Code of medical and sanitary regulations for the guidance of medical officers serving in the Madras Presidency - Volume I
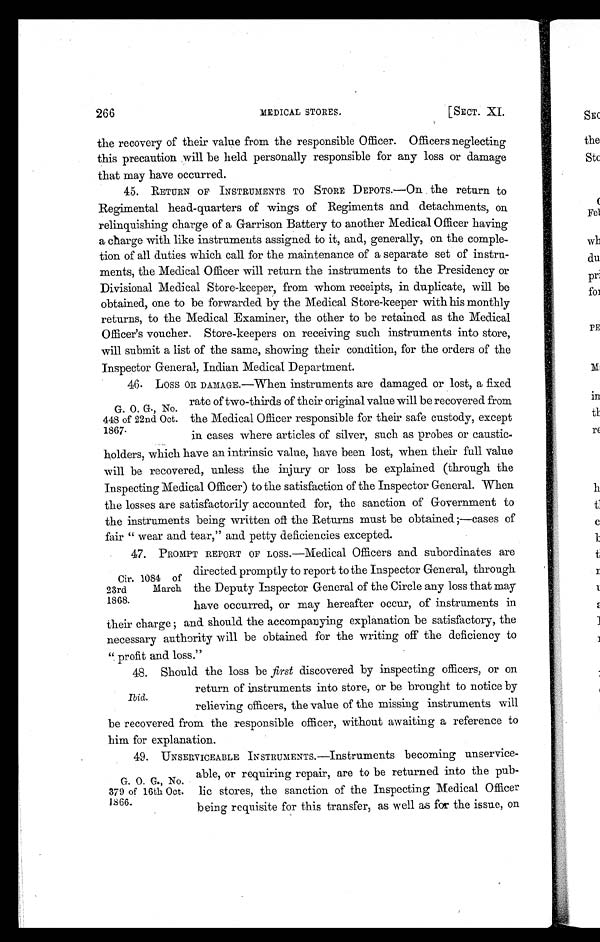
266 MEDICAL STORES. [SECT. XI.
the recovery of their value from the responsible Officer. Officers neglecting
this precaution will be held personally responsible for any loss or damage
that may have occurred.
45. RETURN OF INSTRUMENTS TO STORE DEPOTS.—On the return to
Regimental head-quarters of wings of Regiments and detachments, on
relinquishing charge of a Garrison Battery to another Medical Officer having
a charge with like instruments assigned to it, and, generally, on the comple-
tion of all duties which call for the maintenance of a separate set of instru-
ments, the Medical Officer will return the instruments to the Presidency or
Divisional Medical Store-keeper, from whom receipts, in duplicate, will be
obtained, one to be forwarded by the Medical Store-keeper with his monthly
returns, to the Medical Examiner, the other to be retained as the Medical
Officer's voucher. Store-keepers on receiving such instruments into store,
will submit a list of the same, showing their condition, for the orders of the
Inspector General, Indian Medical Department.
46. L O S S O R D A M A G E . — W h e n i n s t r u m e n t s a r e d a m a g e d o r l o s t , a f i x e d
rate of two-thirds of their original value will be recovered from
the Medical Officer responsible for their safe custody, except
in cases where articles of silver, such as probes or caustic-
holders, which have an intrinsic value, have been lost, when their full value
will be recovered, unless the injury or loss be explained (through the
Inspecting Medical Officer) to the satisfaction of the Inspector General. When
the losses are satisfactorily accounted for, the sanction of Government to
the instruments being written off the Returns must be obtained ;—cases of
fair " wear and tear," and petty deficiencies excepted.
47. PROMPT REPORT OF LOSS.—Medical Officers and subordinates are
directed promptly to report to the Inspector General, through
the Deputy Inspector General of the Circle any loss that may
have occurred, or may hereafter occur, of instruments in
their charge ; and should the accompanying explanation be satisfactory, the
necessary authority will be obtained for the writing off the deficiency to
". profit and loss."
48. Should the loss be first discovered by inspecting officers, or on
return of instruments into store, or be brought to notice by
relieving officers, the value of the missing instruments will
be recovered from the responsible officer, without awaiting a reference to
him for explanation.
49. UNSERVICEABLE INSTRUMENTS.—Instruments becoming unservice-
able, or requiring repair, are to be returned into the pub-
lic stores, the sanction of the Inspecting Medical Officer
being requisite for this transfer, as well as for the issue, on
G. O. G., No.
448 of 22nd Oct,
1867.
Cir. 1084 of
23rd March
1868.
G. O. G., No.
379 of 16th Oct.
1866.